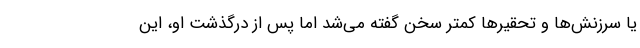
یا سرزنش‌ها و تحقیرها کمتر سخن گفته می‌شد اما پس از درگذشت او، این